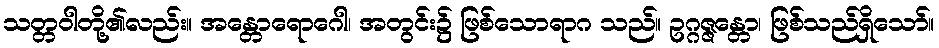
သတ္တဝါတို့၏လည်း။ အန္တောရောဂေါ၊ အတွင်း၌ ဖြစ်သောရာဂ သည်။ ဥဂ္ဂဇ္ဇန္တော၊ ဖြစ်သည်ရှိသော်။